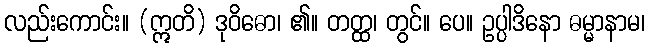
လည်းကောင်း။ (ဣတိ) ဒုဝိဓော၊ ၏။ တတ္ထ၊ တွင်။ ပေ။ ဥပ္ပါဒိနော ဓမ္မာနာမ၊